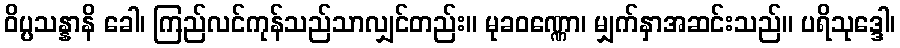
ဝိပ္ပသန္နာနိ ခေါ၊ ကြည်လင်ကုန်သည်သာလျှင်တည်း။ မုခဝဏ္ဏော၊ မျှက်နှာအဆင်းသည်။ ပရိသုဒ္ဒေါ၊